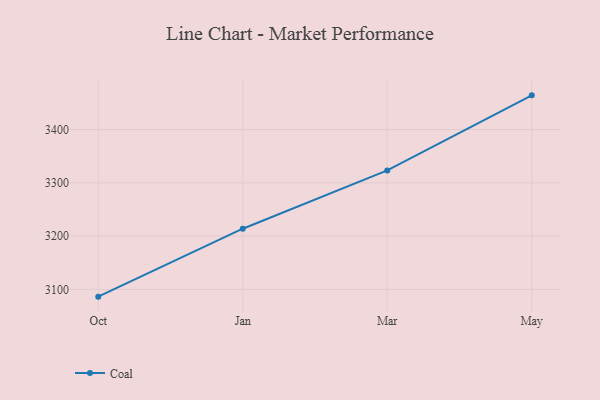
{"axis": {"x": "Month", "y": "Latency (ms)"}, "legend": ["Coal"], "data": [{"x": "Oct", "y": 3086.5, "type": "Coal"}, {"x": "Jan", "y": 3214.0, "type": "Coal"}, {"x": "Mar", "y": 3323.3, "type": "Coal"}, {"x": "May", "y": 3464.2, "type": "Coal"}]}